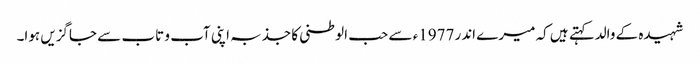
شہیدہ کے والدکہتے ہیں کہ میرے اندر 1977ء سے حب الوطنی کا جذبہ اپنی آب و تاب سے جاگزیں ہوا۔